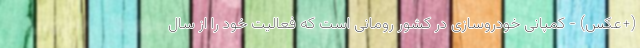
(+عکس) - کمپانی خودروسازی در کشور رومانی است که فعالیت خود را از سال